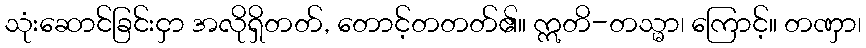
သုံးဆောင်ခြင်းငှာ အလိုရှိတတ်, တောင့်တတတ်၏။ ဣတိ-တသ္မာ၊ ကြောင့်။ တဏှာ၊